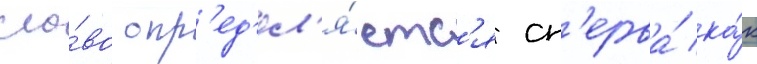
сло́во опр'ед'ел'я́етс'я сп'ерва́ ка́к